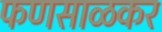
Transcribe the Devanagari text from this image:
फणसाळकर